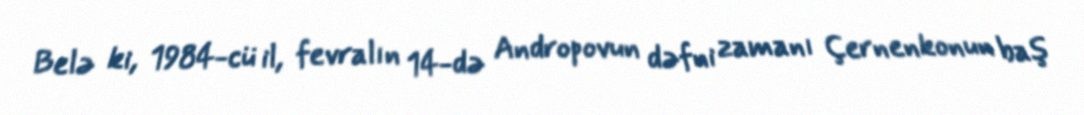
Belə ki, 1984-cü il, fevralın 14-də Andropovun dəfni zamanı Çernenkonun baş